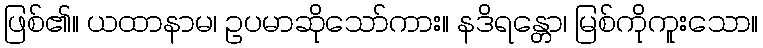
ဖြစ်၏။ ယထာနာမ၊ ဥပမာဆိုသော်ကား။ နဒိရန္တော၊ မြစ်ကိုကူးသော။